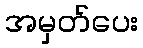
အမှတ်ပေး